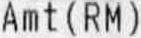
AMT ( RM )